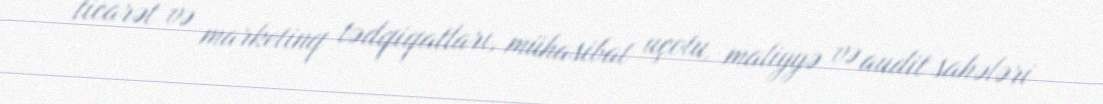
ticarət və marketinq tədqiqatları, mühasibat uçotu, maliyyə və audit sahələri